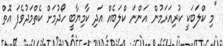
"މި ކްލަބަކީ ކުރިއަރަމުން އަންނަ ކްލަބެއް އަދި ކާމިޔާބީ ހޯދުމަށް ކެތްމަދުވެފަ އޮތް